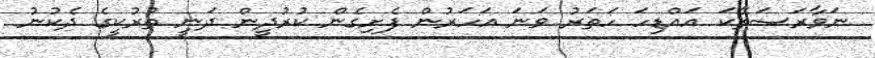
ނަވާރަސަތޭކަ އައްޑިހަ ހަތަރު ވަނަ އަަހަރުން ފެށިގެން ކުރުދީން ދަނީ ތުރުކީގެ ދެކުނު